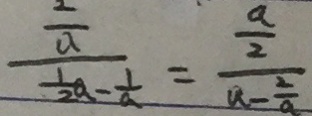
\frac { \frac { 2 } { a } } { \frac { 1 } { 2 } a - \frac { 1 } { a } } = \frac { \frac { a } { 2 } } { a - \frac { 2 } { a } }